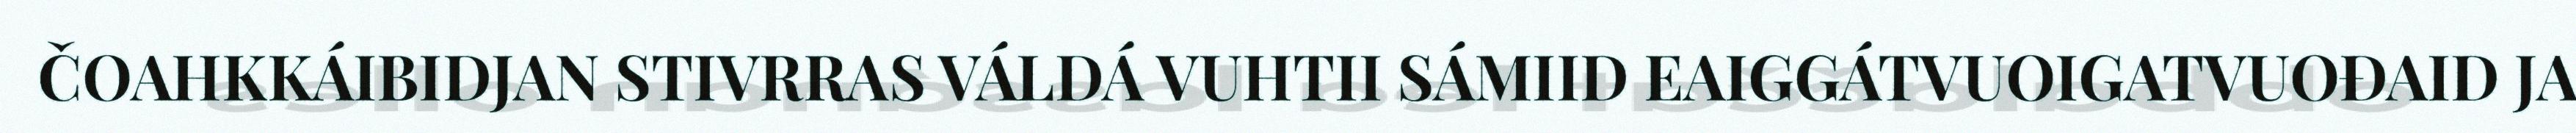
ČOAHKKÁIBIDJAN STIVRRAS VÁLDÁ VUHTII SÁMIID EAIGGÁTVUOIGATVUOĐAID JA